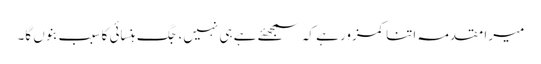
میرا مقدمہ اتنا کمزور ہے کہ سمجھئے ہے ہی نہیں، جگ ہنسائی کا سبب بنوں گا۔